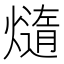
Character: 𪹴